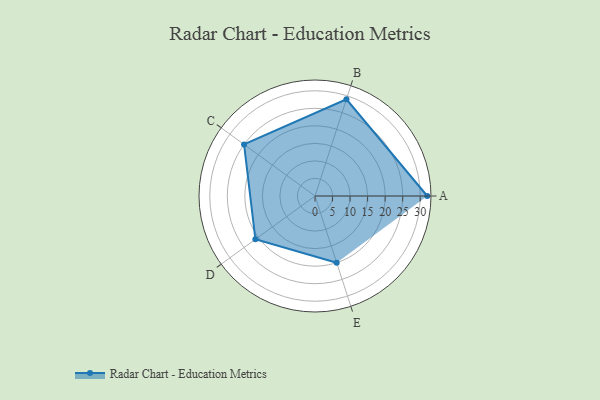
{"axis": {"x": "Skill", "y": "Score"}, "legend": ["Profile"], "data": [{"x": "A", "y": 32.0, "type": "Profile"}, {"x": "B", "y": 29.0, "type": "Profile"}, {"x": "C", "y": 25.0, "type": "Profile"}, {"x": "D", "y": 21.0, "type": "Profile"}, {"x": "E", "y": 20, "type": "Profile"}]}